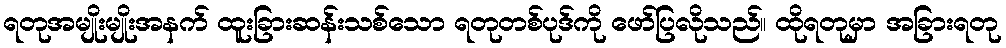
ရတုအမျိုးမျိုးအနက် ထူးခြားဆန်းသစ်သော ရတုတစ်ပုဒ်ကို ဖော်ပြလိုသည်။ ထိုရတုမှာ အခြားရတု